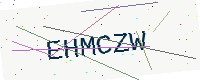
Text: EHMCZW